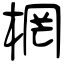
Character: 棢